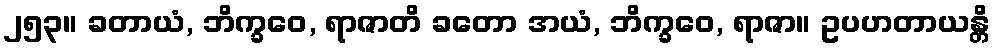
၂၅၃။ ခတာယံ, ဘိက္ခဝေ, ရာဇာတိ ခတော အယံ, ဘိက္ခဝေ, ရာဇာ။ ဥပဟတာယန္တိ